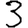
Digit: 3